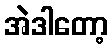
အဲဒါတော့